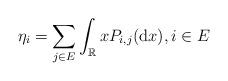
LaTeX: \begin{align*}\eta_i =\sum_{j\in E}\int_{\mathbb{R}}xP_{i,j} ({\rm d}x), i\in E\end{align*}